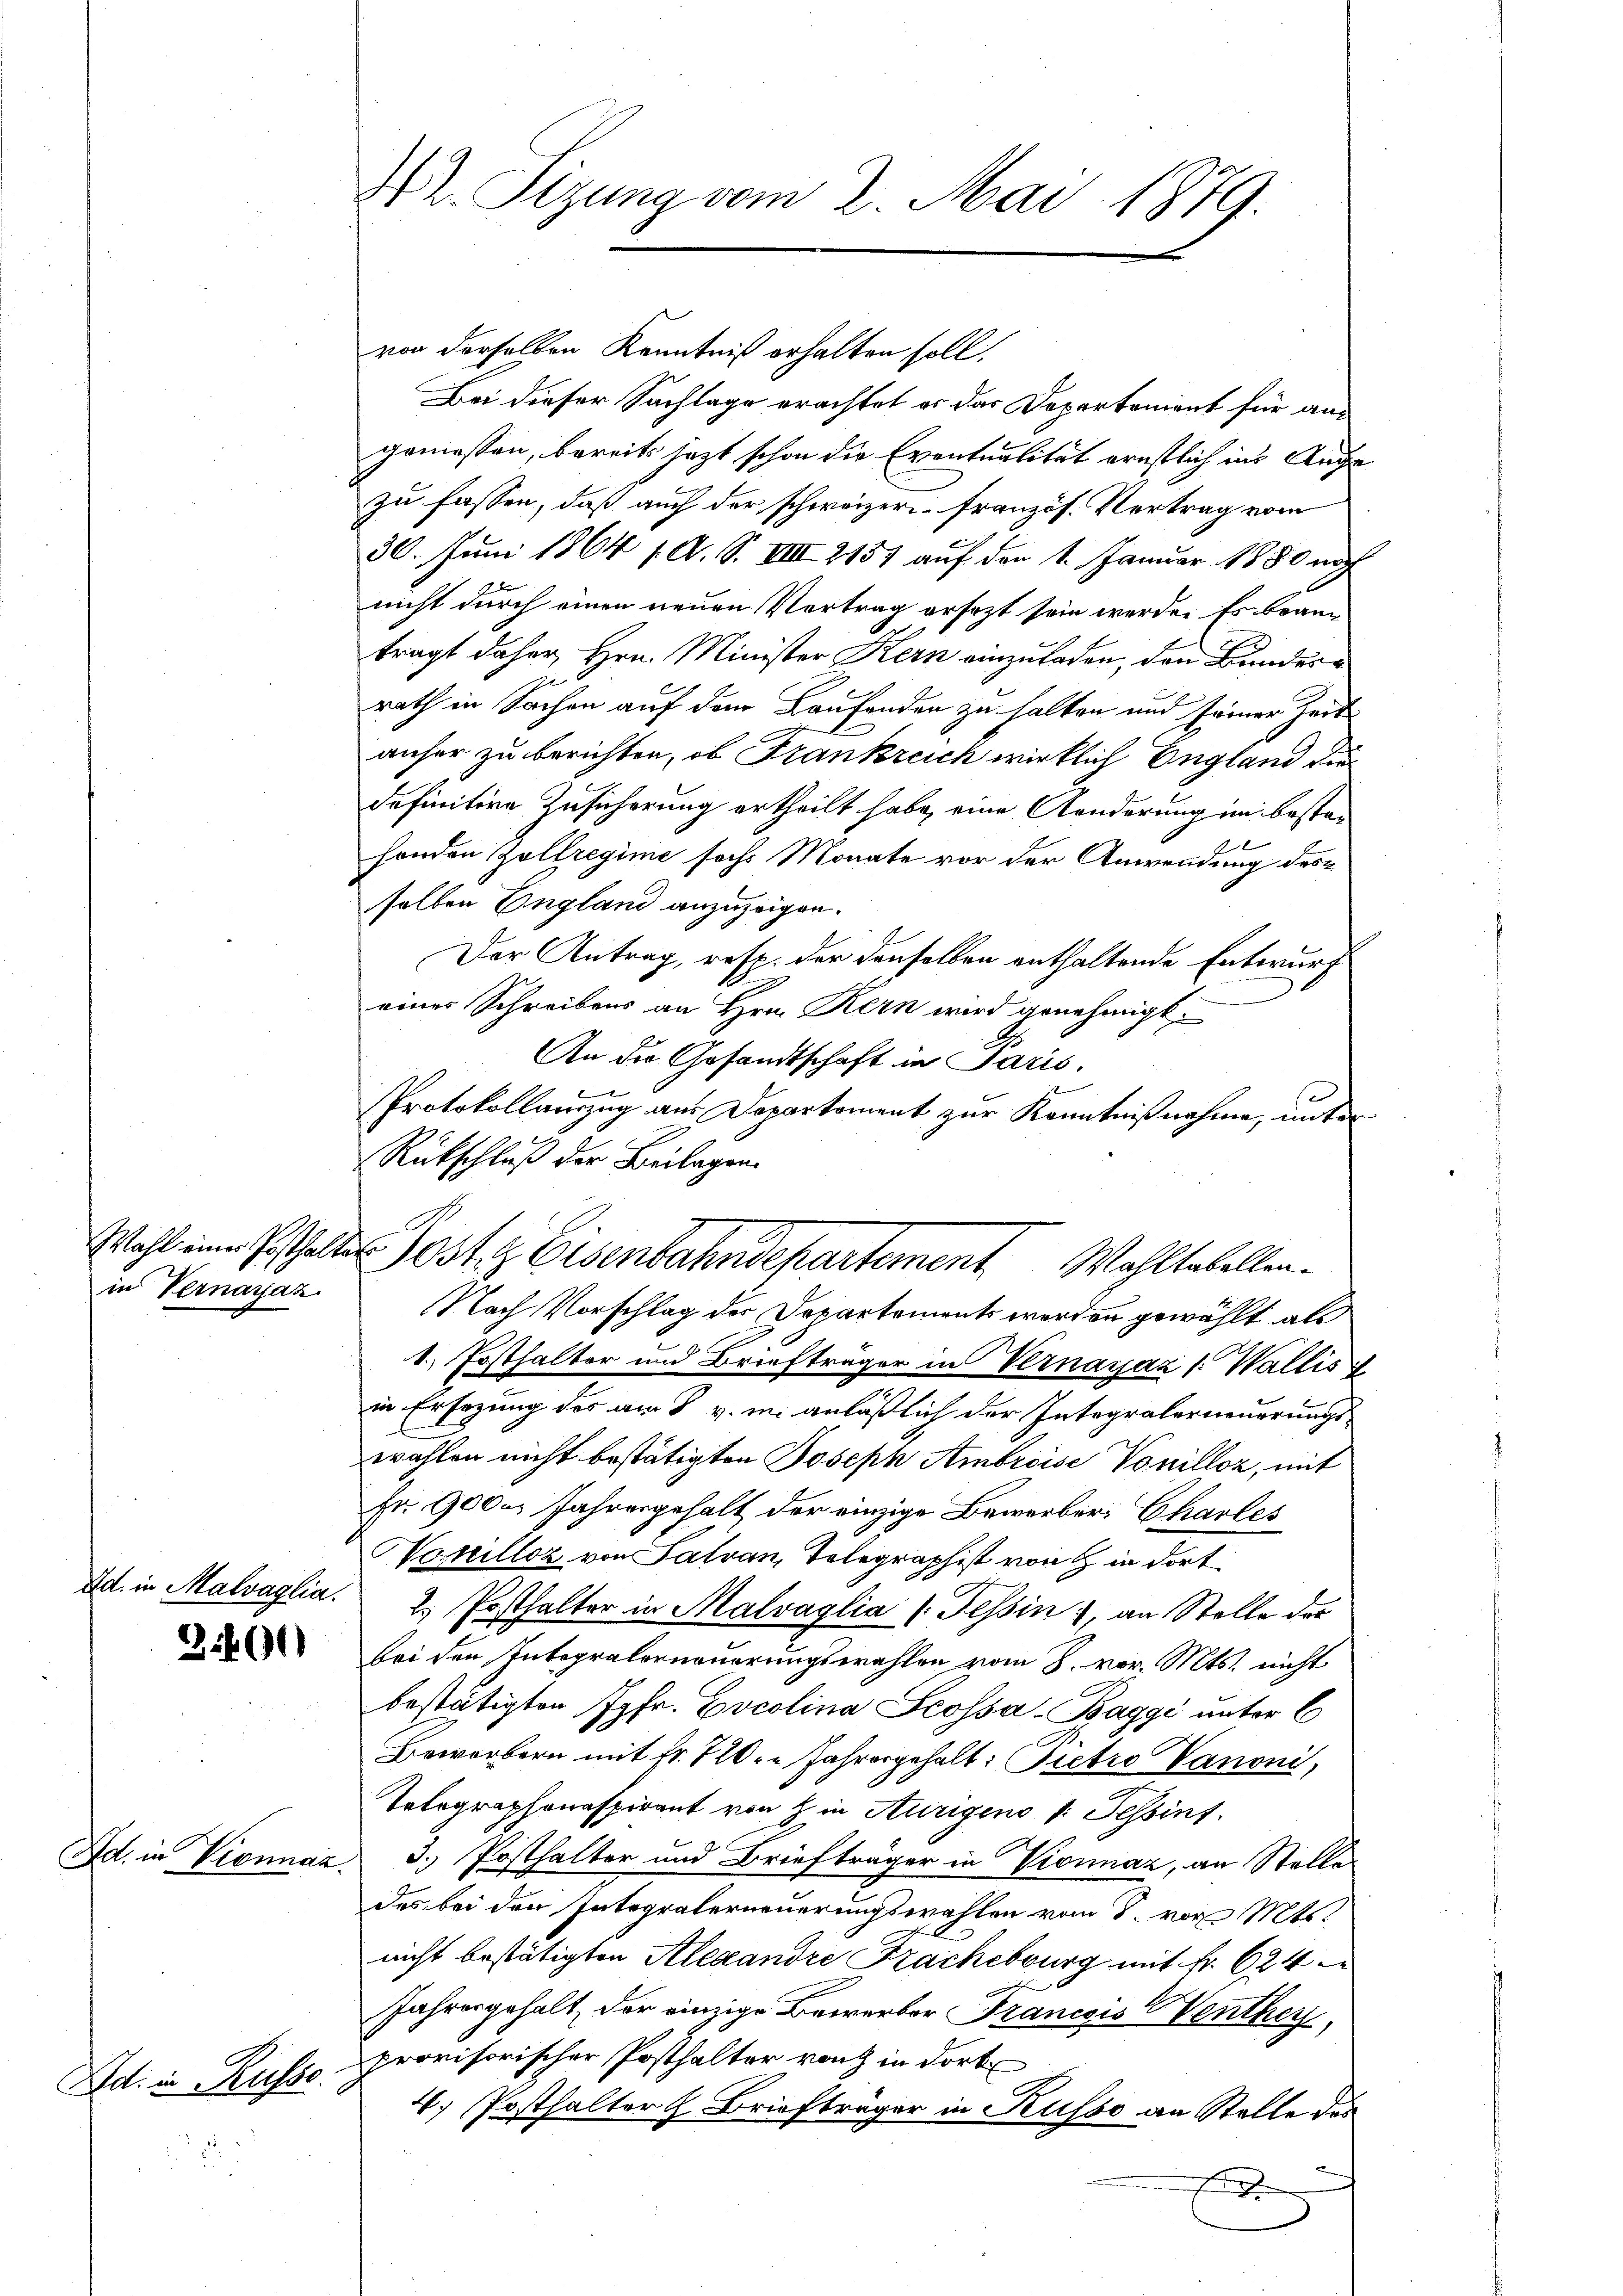
in Vernaraz

Ad. in Malvaglia.

Ad. in Russe

42. Sizung vom 2. Mai 1879.

von derselben Kenntniß erhalten soll.
Bei dieser Sachlage erachtet es das Departement für angemessen, bereits jetzt schon die Eventualität ernstlich ins Auge
zu fassen, daß auch der schweizer französ. Vertrag vom
30. Juni 1864 1. A. S. VIII 2157 auf den 1. Januar 1880 noch
nicht durch einen neuen Vertrag ersezt sein werden Es brann
tragt daher, Hrn. Minister Kern einzuladen, den Bundesrath in Sachen auf dem Laufenden zu halten und seiner Zeit
anher zu berichten, ob Frankreich wirklich England die
definitive Zusicherung ertheilt habe, eine Kanderung im besten
1
henden Zollregime sechs Monate vor der Anwendung des
selben England anzuzeigen.
Der Antrag, resp. der denselben enthaltende Entwurf
eines Schreibens an Hrn. Kern wird genehmigt.
An der Gesandtschaft in Paris,
Protokollauszug aus Departement zur Kenntnißnahme, unter
Rütschluß der Beilagen.
Nach Vorschlag der Departements werden gewählt, als
1. Posthalter und Briefträger in Vernayaz 1. Wallis
in Ersezung des am 8 v. in anläßlich der Integralerneuerungswählen nicht bestätigten Joseph Ambreise Vouilloz, mit
Fr. 9000. Jahresgehalt der einzige Bewerber Charles
okillor von Patron, Telegraphist von in dort¬
2. Posthalter in Malvaglia (Tessin, an Stelle der
 bei den Integralerneuerungswahlen vom 8. vor. Mts. nicht
bestätigten Jgfr. Cocolina Scossa-Baggi unter 6
Bewerbern mit fr. 720. Jahresgehalt: Pietro Vanoni,
Tolographenaspirant von in Aurigens v. Tessint
Ad. in Vionnaz 3. Posthalter und Briefträger in Vionnaz, an Stelle
des bei den Integralerneuerungswahlen vom 8. vor. Mts.
nicht bestätigten Alexandre Frachebburg mit fr. 624
Jahresgehalt, der einzige Bewerber Francsis Venthey,
provisorischer Posthalter von in dort
4.) Posthalter H. Briefträger in Kusso an Stelle des

Wahl im Posthalter Jost & Eisenbahndepartement Wohltabellen¬